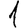
Digit: 1